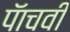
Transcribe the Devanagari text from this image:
पॅाचवी